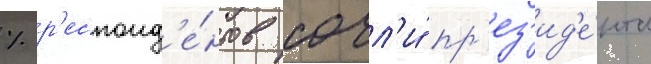
% р'еспонд'е́нтов сочл'и́ пр'ез'ид'е́нта